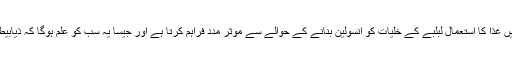
تحقیق میں بتایا گیا کہ پانچ دن تک بہت کم مقدار میں غذا کا استعمال لبلبے کے خلیات کو انسولین بنانے کے حوالے سے موثر مدد فراہم کرتا ہے اور جیسا یہ سب کو علم ہوگا کہ ذیابیطس جسم میں انسولین کی کمی کے باعث پھیلتا ہے۔